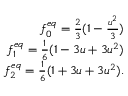
\begin{array} { r } { f _ { 0 } ^ { e q } = \frac { 2 } { 3 } ( 1 - \frac { u ^ { 2 } } { 3 } ) } \\ { f _ { 1 } ^ { e q } = \frac { 1 } { 6 } ( 1 - 3 u + 3 u ^ { 2 } ) } \\ { f _ { 2 } ^ { e q } = \frac { 1 } { 6 } ( 1 + 3 u + 3 u ^ { 2 } ) . } \end{array}